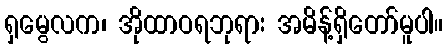
ရှမွေလက၊ အိုထာဝရဘုရား အမိန့်ရှိတော်မူပါ။